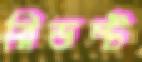
রিভল্ট